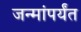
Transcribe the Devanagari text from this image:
जन्मांपर्यंत